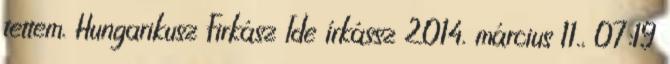
tettem. Hungarikusz Firkász Ide írkássz 2014. március 11., 07:19